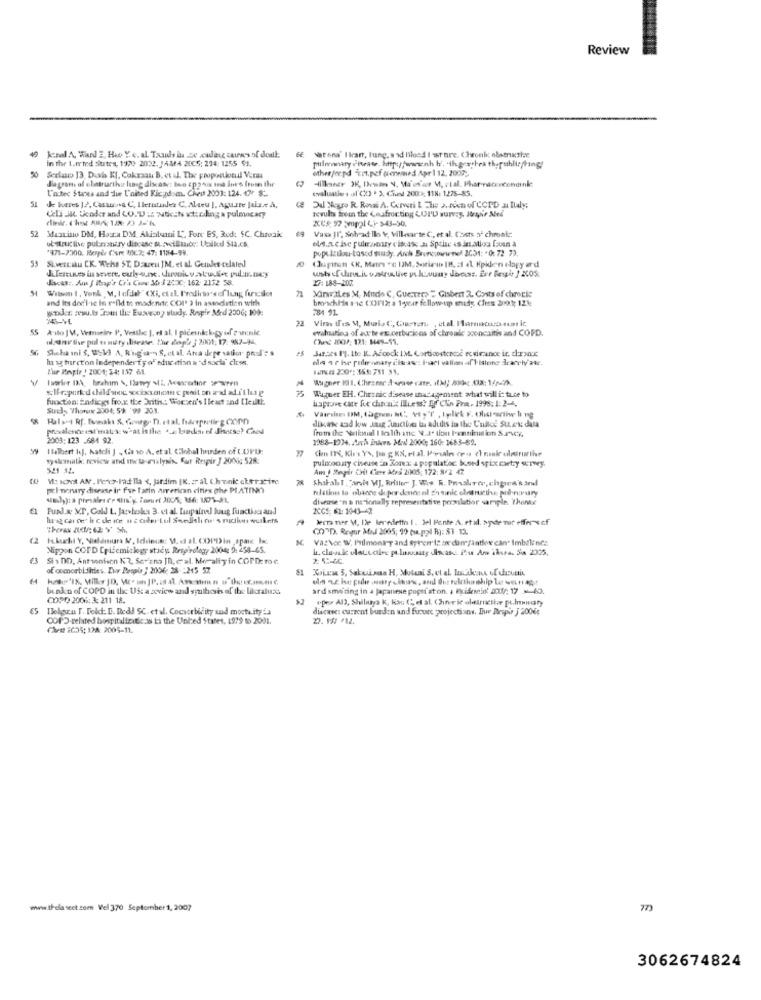
Review
in the Larted sites, 1970 2032. JAMA 20C5: 234: 1255 91.
GE Stena' Ilcart, lung, a xi lileed I store. Chronic obsmxthe
pulmonary Fivease. http://www.nh hi, 4th.gerrhea thepublic/ting!
otherforpd "Est.pef geneined Apr 112. 2007 ;.
Serlaw 13, Duwh Kl, Cokraau B. et al. The proportionil Venus
Hillaner XK, Denen 9, Ma'ever M, etal. Phorriaccecenainie
diagram of elatrurthvit lung disease: bro cp24os ma Jor's from the
L'actec Stanes and die United Kicydom. Ched 2003: 124. 07: $_
evaluatie + al (D ' 3. Ched 2003; 118: 1275-85.
Je beres |2, Casanova C, Ilerntunder C. Alteu ], Agwire Jaise A,
Ueli JA ticoder and COTU :: Me:Nvturding a pulmocky
Del Negro R. Rosal A. Cerveri L The >. noen of COPD si Ilaly;
zevults from the coafrocting CUI'D survey, Japir Med
52 Mazzinio DM, Hora DM, Akialumni L", Fore ES, Rod: $C. Chroak
Vasa JI', Sobad llo Y, villesarte C, et al. (hets of chronic;
ul- ArtKlive putnoatry diacase surveillance: Ltalked Sta.ca
"971-7300. Respir Core 1062: 47: 1184-99.
popelsilou-tascd study. Arch Broncowwnel 2031: "0: 72 73.
53
Sivert:au CK. Wiss ST. DEReu JM, et al. Geiles celaled
(lupinen <K. Mars "e UM, Soriano IB. 2 4l Hpiden ehogy a'd
Jacas :. Am J Itop's Cr'a Coox 34 # 2200; 162. 2132 58.
27: 188-207
Wilson 1, Vonk M, I ufder"(Xi, etal. Predicts's of lung furcset
71 Minwiles M, Mudo C, GueTers = Gisbert 2. Costs of chrocks
and its doc'lic in rild th modendtc COMP' 3 in association with
broschHis sie (FI2: a 1year fellow-to shady. (fres Bout; 121:
wooder. zesu.ts Zott the Euavecoy study. Respir Med 230G; 109:
784 91.
X45-94.
22
Vir Iles M, Murla C, Ciarten, , etal. Farmacocaesar kc,
55
A ilo JV, Wamseine P. Vestle ], et al. I plcenick-gy of ? wenke
maladies of aut'te es ortturrions af chroade sooncaith and COPD.
ol antise pul ssmiry ilisease. Te lopia ; 2001: 17: 97-34.
Ound JDO): 121: 1449-55.
Shehd ini S, Wild A, R'ig'a' S, et al. Ana de pe satior presl'?'s
Jar.se. Pl. Ite K. Adcock I.M. Cortioostencoc ecwircance ir. cheacc
hu ag harct'on Independer fy of education a 'd socla" close.
dle 4 e he pulmonary claras; Hari vallon al tialone icacely aar.
Bur Pogle / 2001: 54: 157 61.
IANES 230': 361751 33.
Wagner EH. Chr: nic disease inat agement what will i: tuce to
function: Endicgs fro.x. the britis .: Women's I least and (leilitt.
haprove care fue chru illess! Ef Clin Pro. 1998; 1: 2-4.
Suis Thon 3904: 5% '99 203.
dikcise zad kow Jaig Miction tu adulis in the C'nike SULek dala
from the Walkmal I lelth anc NL .. J' tion Ioemnimision SAVCy,
2003:123 -684 92
1988-1234. Auch Eulers Adnl 2000; 160: 1683-59.
Ilalbert kJ, hatcli J ., (a 10 A. et al. Global burden of (UPD):
vyslomilk: reviews und iww taurialysis. Eur Respir / 2006; 528:
pulmonary ciseuse En Zona: a populat.oc bord spix caetry survey.
525 32.
Am / Degir Cit Cere Ales 2005: 172: 8/2 47
Mo INS AN . Perch-Pad lla <, Jardim |K. zral. t.honit ckerstime
ShalabI .Jarvis WJ. Rriller J. Wie R. Prisskrev, chgira'hand
pel nonary disease ir fue Tarin american cities ghe PLATINO
Nulation la obacce do por denor ol ph onic chancethe pionerary
disease'n a ne ionally representation promlatior sample. Thente
Fund.x. X.T, Cold L. Jazyhooks 3. et al. Lupaind luug fuaktisa and
2CCS; 61:1043-42
Decra ner M, De Beredetth 1. Jel Ponte A. etal. spde mer offers cf
()"D. Rngur Afad 2005; 99 (u.pol B): 51 12.
VazNce W. Ivilmoning and syremiz ox dun/antiwe can- Imbelines
Nippon COPD Epidemiology sticy Respirolog, 2004: 5: 258-65.
€3
Si> DD, Antonison K ?, Se zna JD, cal. Morally in COPD: rc
of comorbithies. Zur Prsale } 2006: 28 -215 57
binkn of COPD in the Us: a zeview and synthesis of the likcralux
ard smeding in 4 japanese popsf aton. a Pidemio' JOU: 17 63.
COPD 2006: 3: 211 18.
epo All, Shilya K, Kac C. et al. Chreric olttructive pt.innwaty
65
Ilolgun [. Fold: E. Redd SC. et al. Cocsorbility and mocta.ity is
diseases current burden and fucure projections. Eur Dropir J 2006;
COPD-related hospitalizitie as ts the United States, 1979 to 2001.
22. 10 /12.
Che 2CDS; I2A: 2005-11.
www.thelasect.com Vel 370 September 1, 2007
773
3062674824